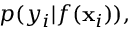
p ( y _ { i } | f ( \mathbf { x } _ { i } ) ) ,